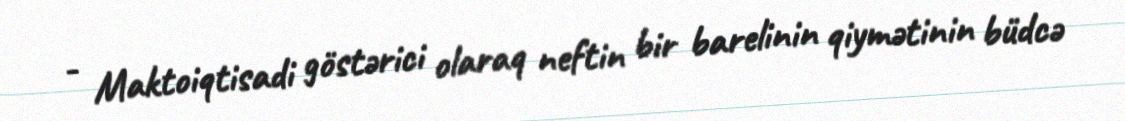
- Maktoiqtisadi göstərici olaraq neftin bir barelinin qiymətinin büdcə